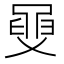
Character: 𦥼